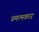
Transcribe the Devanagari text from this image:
चमत्मकार